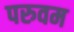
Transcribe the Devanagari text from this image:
परुवम